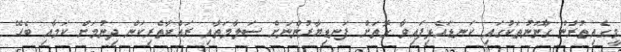
މީގެއިތުރުން ގާނޫނުތަކުގައި ކަނޑައެޅިފައިވާ ގޮތަށް ފަނޑިޔާރުންނަށް ސަލާމަތާއި ރައްކާތެރިކަން ދިނުމަށް ކަމާއި ބެހޭ